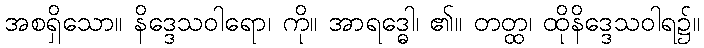
အစရှိသော။ နိဒ္ဒေသဝါရော၊ ကို။ အာရဒ္ဓေါ၊ ၏။ တတ္ထ၊ ထိုနိဒ္ဒေသဝါရ၌။